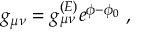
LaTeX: g _ { \mu \nu } = g _ { \mu \nu } ^ { ( E ) } e ^ { \phi - \phi _ { 0 } } \; ,